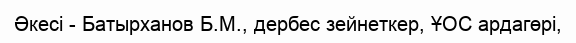
Әкесі - Батырханов Б.М., дербес зейнеткер, ҰОС ардагөрі,